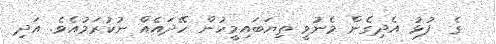
ގެ  ފުޅު އެދިގެން މެނުވީ ތިޔަބައިމީހުން ހޭދައެއް ނުކުރަމުއެވެ. އަދި